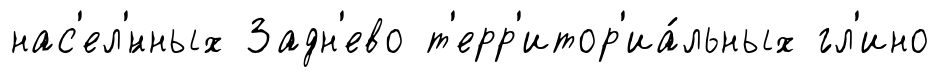
нас'ел'́нных Задн'ево т'ерр'итор'иа́льных ́гл'ино